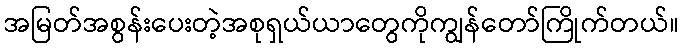
အမြတ်အစွန်းပေးတဲ့အစုရှယ်ယာတွေကိုကျွန်တော်ကြိုက်တယ်။